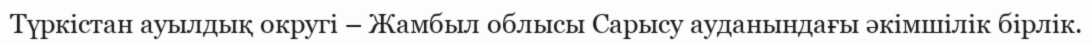
Түркістан ауылдық округі – Жамбыл облысы Сарысу ауданындағы әкімшілік бірлік.